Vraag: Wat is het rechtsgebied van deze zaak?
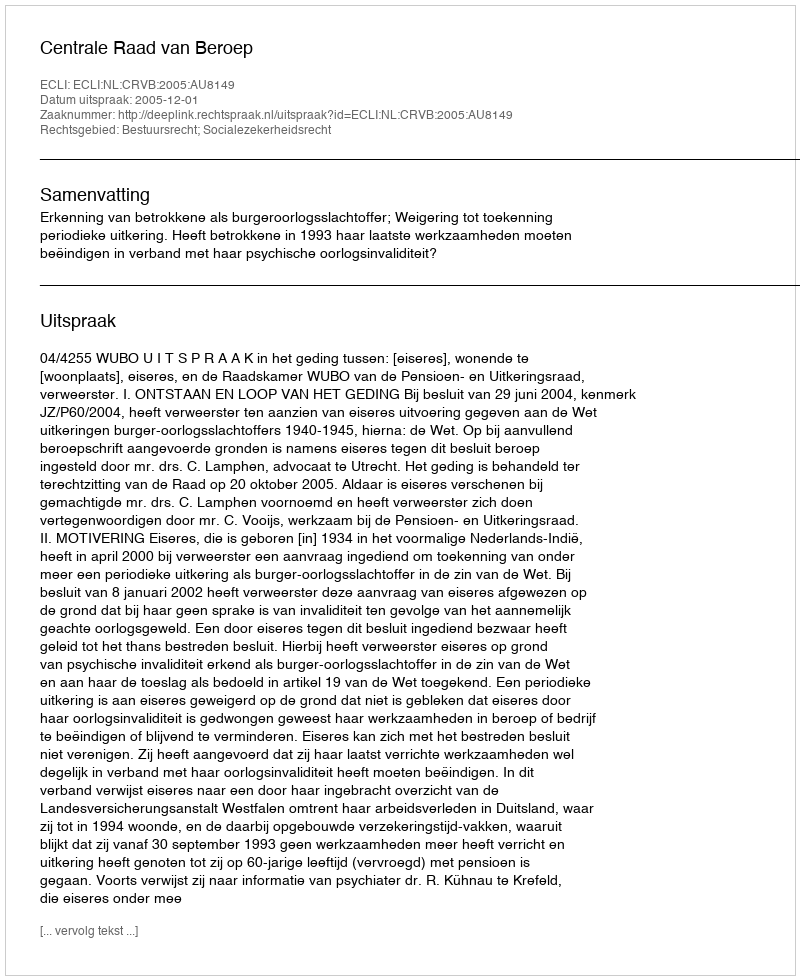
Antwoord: Bestuursrecht; Socialezekerheidsrecht